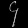
Digit: ၄